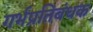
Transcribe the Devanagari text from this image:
गर्भप्रतिबंधक